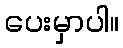
ပေးမှာပါ။